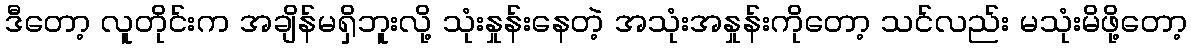
ဒီတော့ လူတိုင်းက အချိန်မရှိဘူးလို့ သုံးနှုန်းနေတဲ့ အသုံးအနှုန်းကိုတော့ သင်လည်း မသုံးမိဖို့တော့